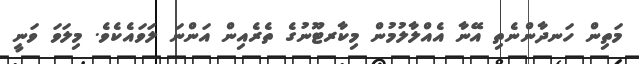
މަތިން ހަނދާންނެތި އޭނާ އެއްލާލުމުން މިކާރޓޫނުގެ ތެރެއިން އަންނަ ލަވައެކެވެ. މިލަވަ ވަނީ